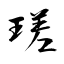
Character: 瑳